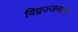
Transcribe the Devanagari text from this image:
विद्वज्जनांना